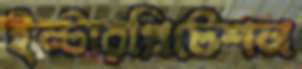
ইন্টারপ্রিটেশন